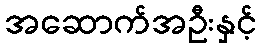
အဆောက်အဦးနှင့်